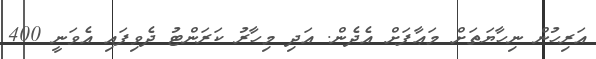
އަރިހުން ނިހާޔަތަށް މަޢާފަށް އެދެން. އަދި މިހާރު ކަރަންޓު ދެވިފައި އެވަނީ 400